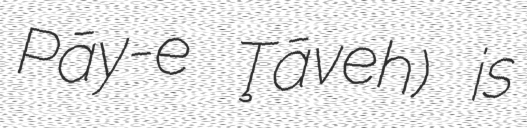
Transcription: Pāy-e Ţāveh) is